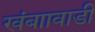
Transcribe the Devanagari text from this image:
खंबाावाडी